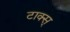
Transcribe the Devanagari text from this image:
टाक्स्